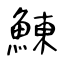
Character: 鯟